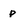
Character: p